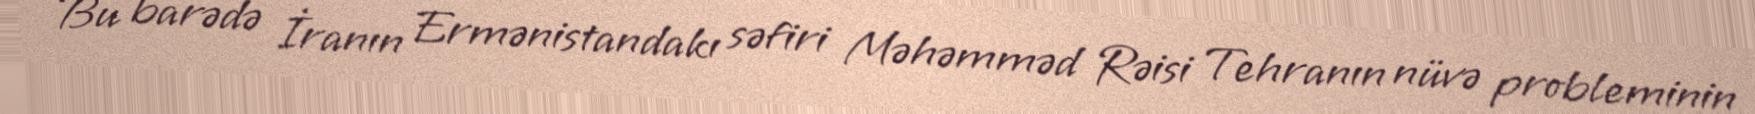
Bu barədə İranın Ermənistandakı səfiri Məhəmməd Rəisi Tehranın nüvə probleminin